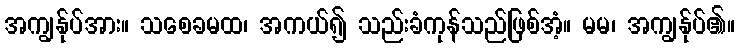
အကျွန်ုပ်အား။ သစေခမထ၊ အကယ်၍ သည်းခံကုန်သည်ဖြစ်အံ့။ မမ၊ အကျွန်ုပ်၏။